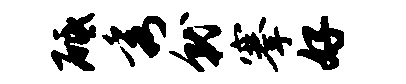
砥秀就搴好